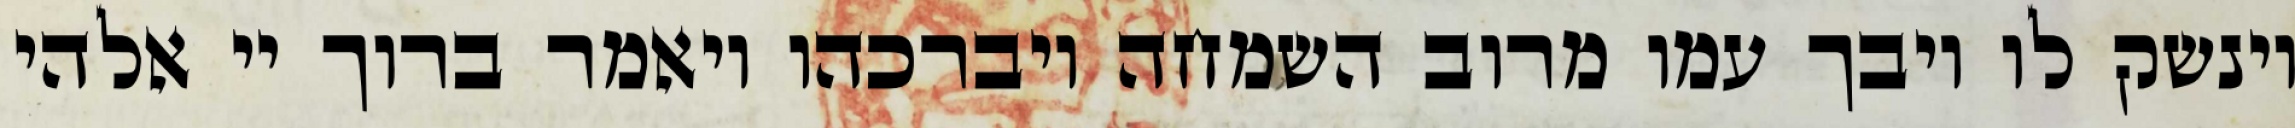
וינשק לו ויבך עמו מרוב השמחה ויברכהו ויאמר ברוך יי אלהי